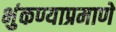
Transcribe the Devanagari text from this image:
भुंकण्याप्रमाणे